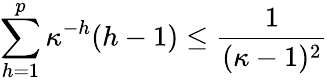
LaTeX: \sum_{h=1}^{p}\kappa^{-h}(h-1)\leq\frac{1}{(\kappa-1)^{2}}